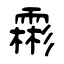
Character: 霦